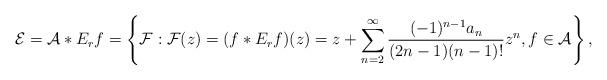
LaTeX: \begin{align*}\mathcal{E}=\mathcal{A}\ast E_{r}f=\left\{\mathcal{F}:\mathcal{F}(z)= (f \ast E_{r}f)(z) = z +\sum_{n=2}^\infty\frac{(-1)^{n-1}a_n}{(2n-1)(n-1)!}z^{n}, f\in\mathcal{A}\right\}, \end{align*}